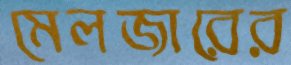
মেলজারের